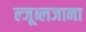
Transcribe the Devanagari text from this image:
ल्जूब्लजाना